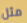
مثل